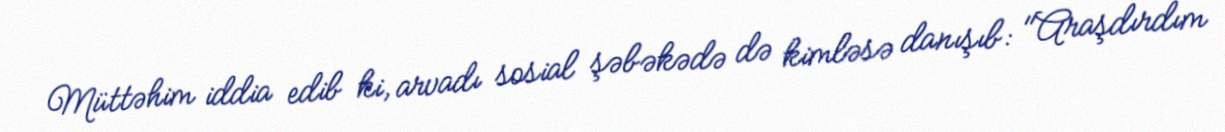
Müttəhim iddia edib ki, arvadı sosial şəbəkədə də kimləsə danışıb: "Araşdırdım